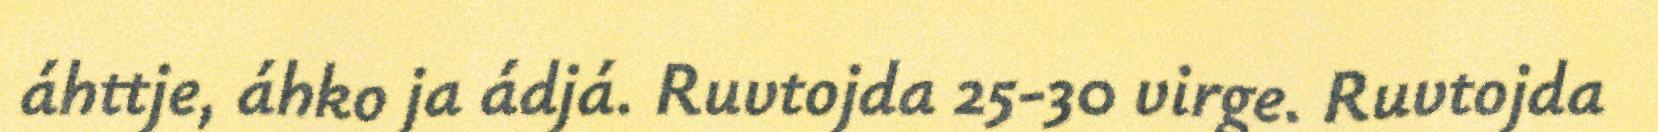
áhttje, áhko ja ádjá. Ruvtojda 25-30 virge. Ruvtojda